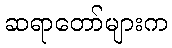
ဆရာတော်များက